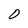
Character: O